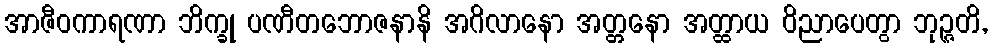
အာဇီဝကာရဏာ ဘိက္ခု ပဏီတဘောဇနာနိ အဂိလာနော အတ္တနော အတ္ထာယ ဝိညာပေတွာ ဘုဉ္ဇတိ,